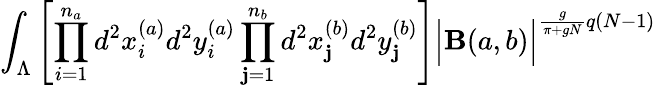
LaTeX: \int_{\Lambda}\left[\prod_{i=1}^{n_{a}}d^{2}x_{i}^{(a)}d^{2}y_{i}^{(a)}\prod_{\mathbf{j}=1}^{n_{b}}d^{2}x_{\mathbf{j}}^{(b)}d^{2}y_{\mathbf{j}}^{(b)}\right]\Big|\mathbf{B}(a,b)\Big|^{\frac{{g}}{{\pi+gN}}q(N-1)}\;